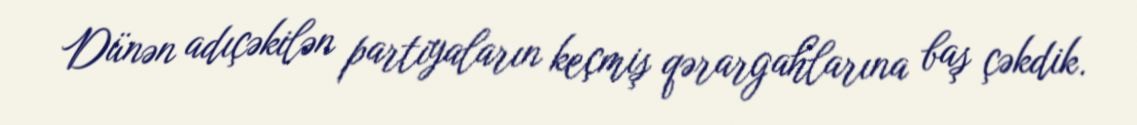
Dünən adıçəkilən partiyaların keçmiş qərargahlarına baş çəkdik.